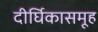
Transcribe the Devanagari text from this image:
दीर्घिकासमूह